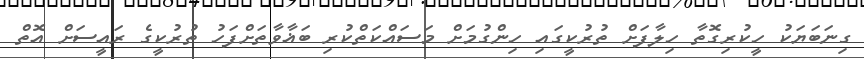
ގިނަބަޔަކު ހީކުރިގޮތާ ހިލާފަށް ތުރުކީގައި ހިންގުމަށް މަސައްކަތްކުރި ބަޣާވާތަށްފަހު ތުރުކީގެ ރައީސަށް އޮތް